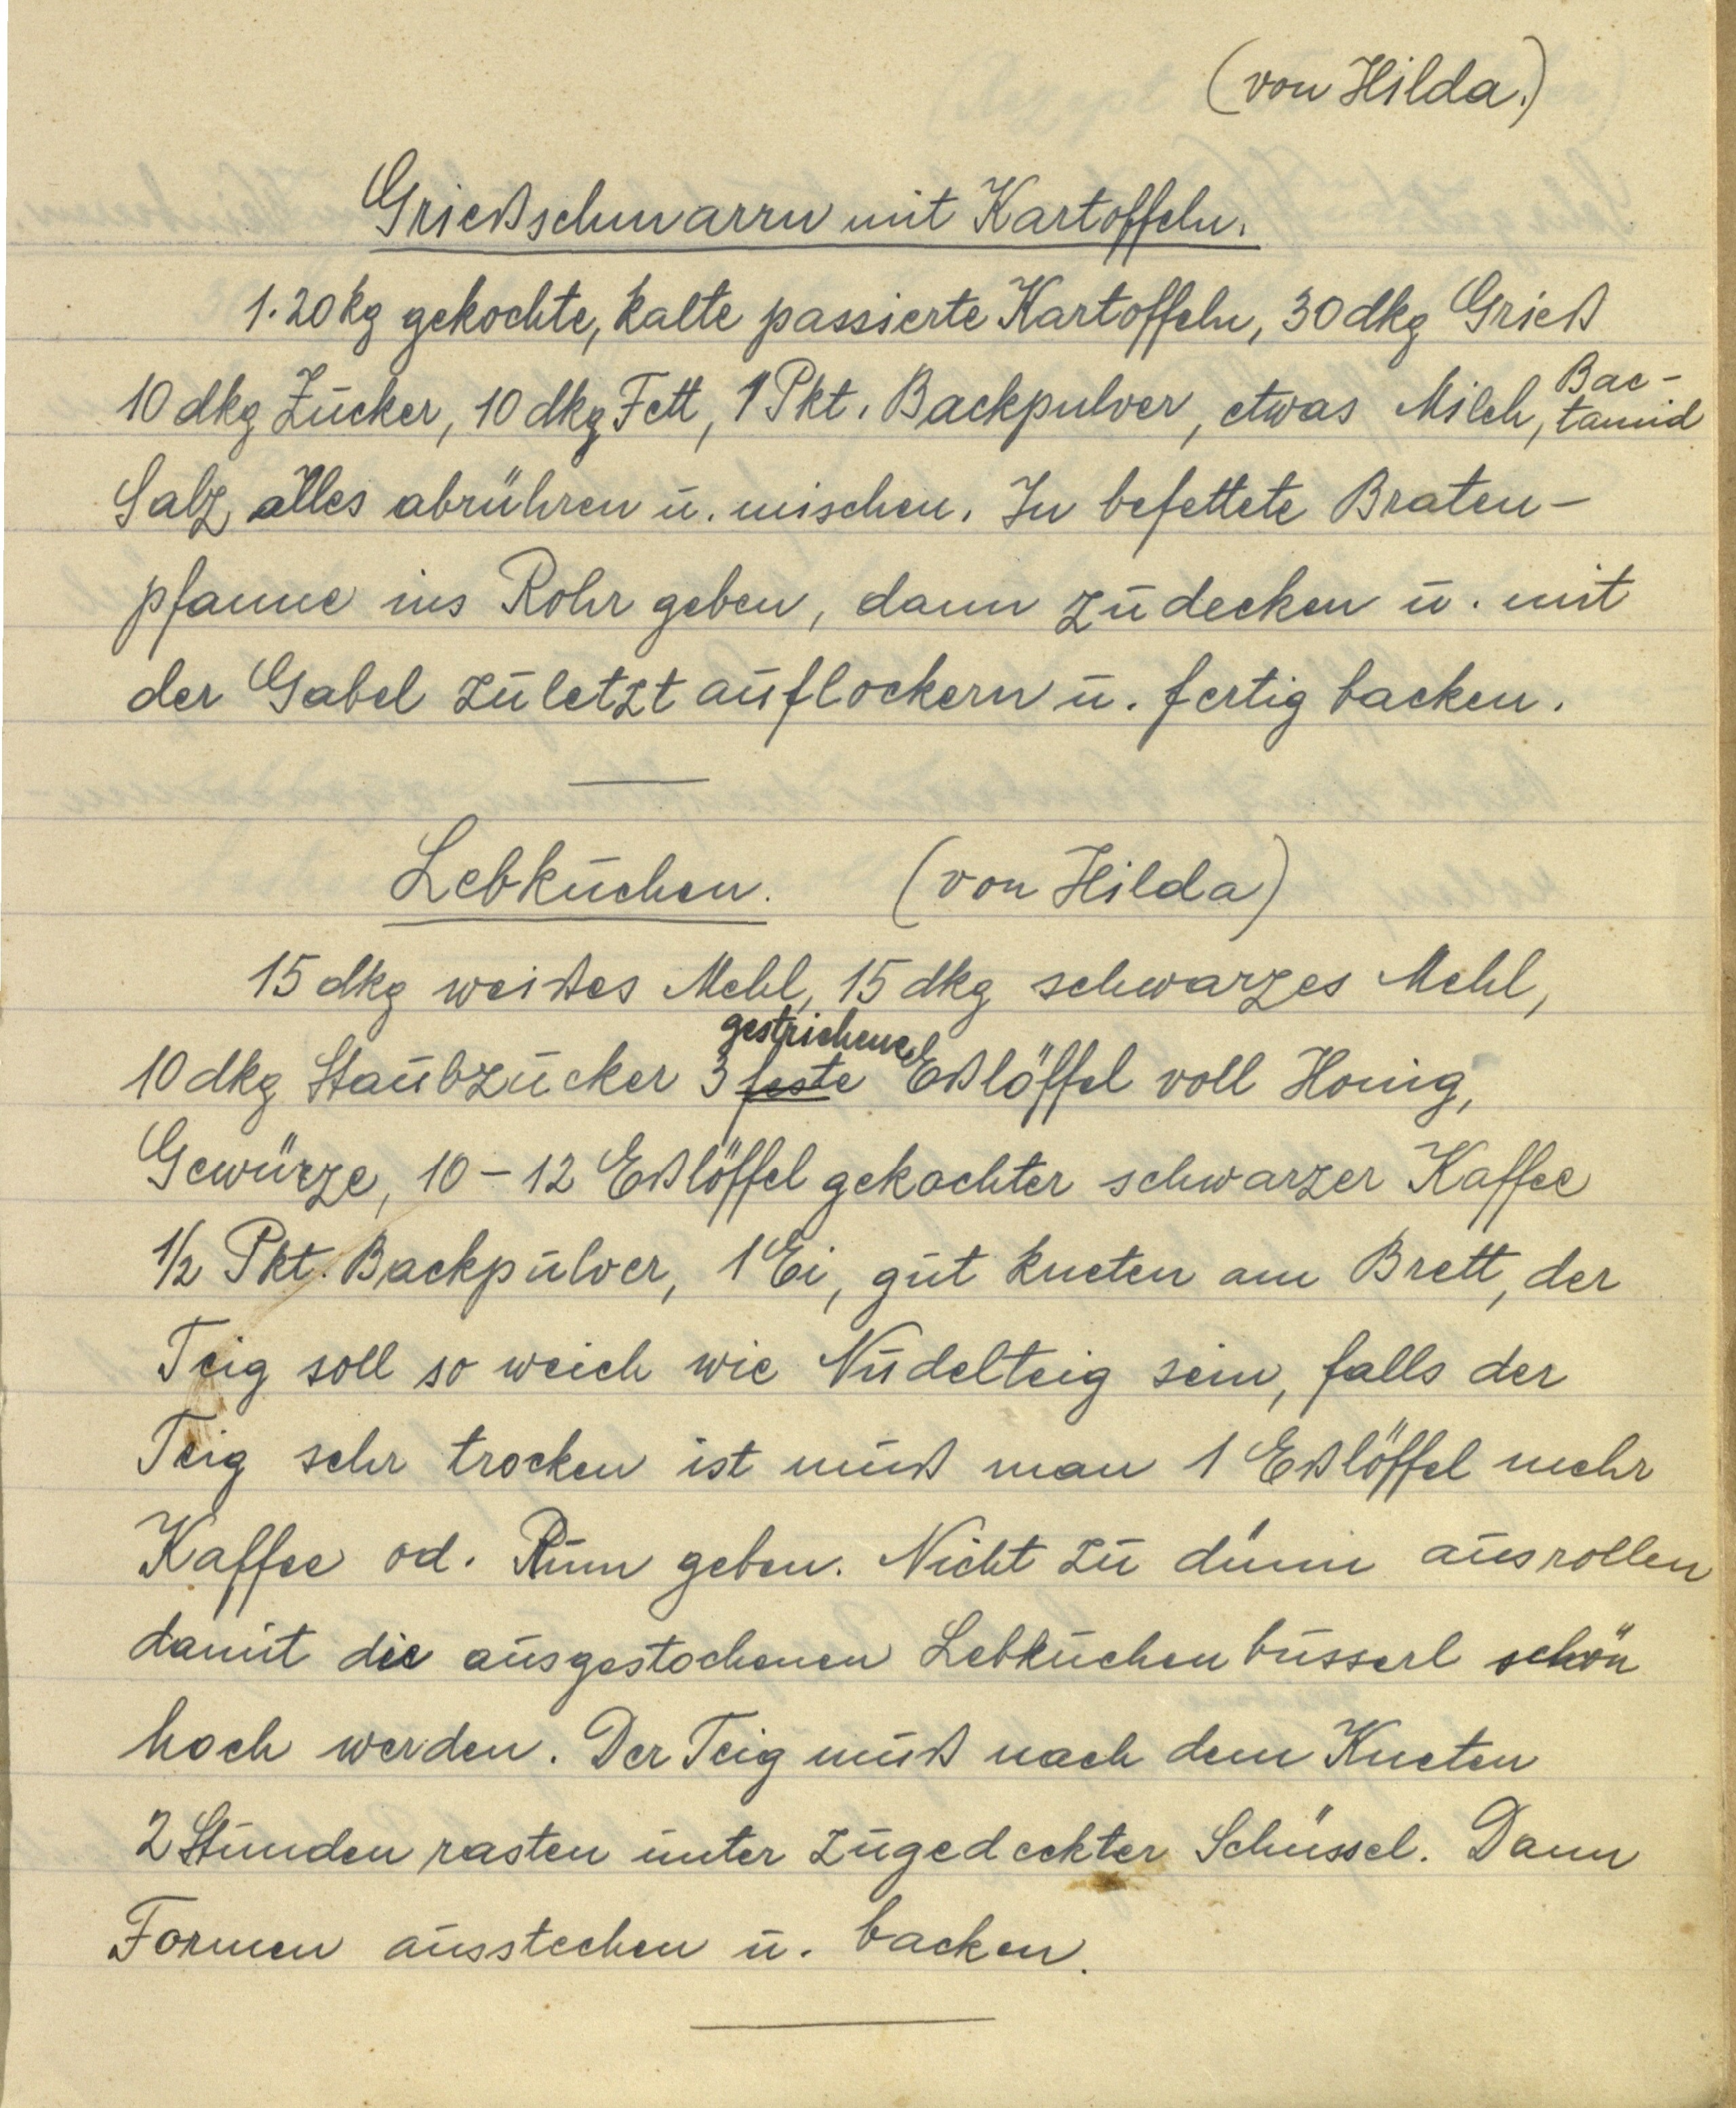
(von Hilda.)

Grießschmarrn mit Kartoffeln.
1.20 kg gekochte, kalte passierte Kartoffeln, 30 dkg Grieß
10 dkg Zucker, 10 dkg Fett, 1 Pkt. Backpulver, etwas Milch, Bactamid
Salz alles abrühren u. mischen. In befettete Braten¬
pfanne ins Rohr geben, dann zudecken u. mit
der Gabel zuletzt auflockern u. fertig backen.

Lebkuchen. (von Hilda)
15 dkg weißes Mehl, 15 dkg schwarzes Mehl,
10 dkg Staubzucker 3 feste gestrichene Eßlöffel voll Honig,
Gewürze, 10-12 Eßlöffel gekochter schwarzer Kaffee
½ Pkt. Backpulver, 1 Ei, gut kneten am Brett, der
Teig soll so weich wie Nudelteig sein, falls der
Teig sehr trocken ist muß man 1 Eßlöffel mehr
Kaffee od. Rum geben. Nicht zu dünn ausrollen
damit die ausgestochenen Lebkuchenbusserl schön
hoch werden. Der Teig muß nach dem Kneten
2 Stunden rasten unter zugedeckter Schüssel. Dann
Formen ausstechen u. backen.